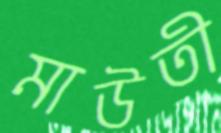
মাউতী